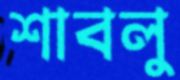
শাবলু